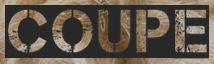
COUPE